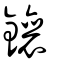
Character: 鑲